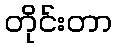
တိုင်းတာ